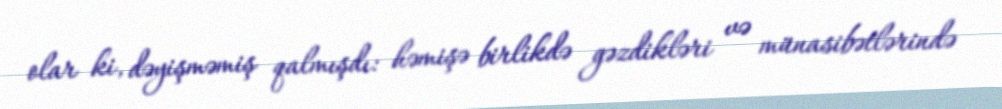
olar ki, dəyişməmiş qalmışdı: həmişə birlikdə gəzdikləri və münasibətlərində